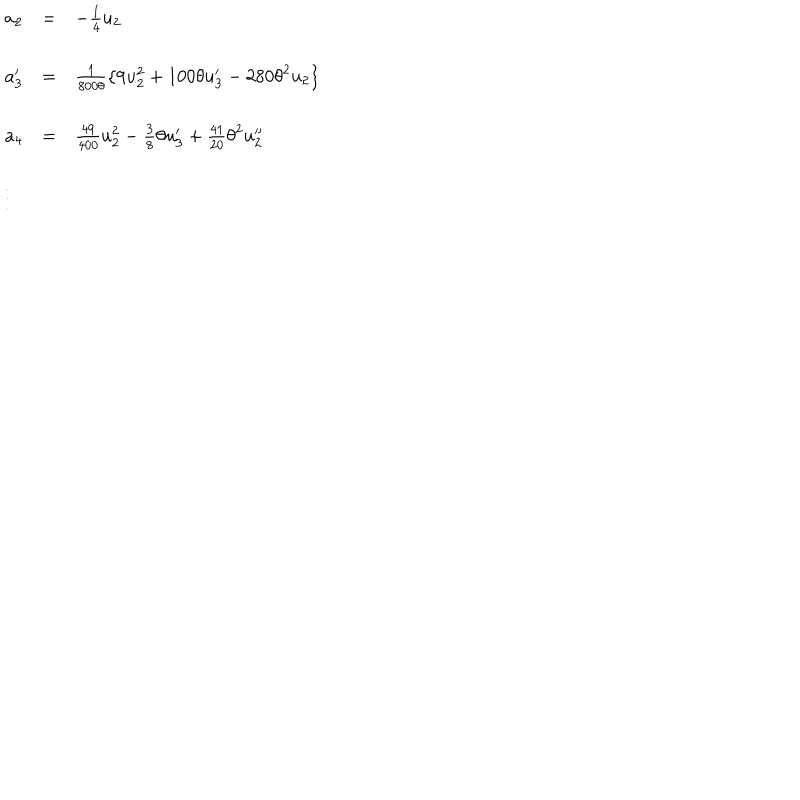
LaTeX: \begin{array} { l c l } { { a _ { 2 } } } & { { = } } & { { - \frac { 1 } { 4 } u _ { 2 } } } \\ { { a _ { 3 } ^ { \prime } } } & { { = } } & { { \frac { 1 } { 8 0 0 \theta } \{ 9 u _ { 2 } ^ { 2 } + 1 0 0 \theta u _ { 3 } ^ { \prime } - 2 8 0 { \theta } ^ { 2 } u _ { 2 } \} } } \\ { { a _ { 4 } } } & { { = } } & { { \frac { 4 9 } { 4 0 0 } u _ { 2 } ^ { 2 } - \frac { 3 } { 8 } \theta u _ { 3 } ^ { \prime } + \frac { 4 1 } { 2 0 } { \theta } ^ { 2 } u _ { 2 } ^ { \prime \prime } } } \\ { { \vdots } } \\ \end{array}